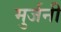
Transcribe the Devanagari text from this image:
मुर्जनी